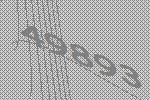
49893